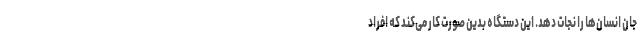
جان انسان‌ها را نجات دهد. این دستگاه بدین صورت کار می‌کند که افراد